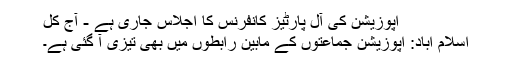
اپوزیشن کی آل پارٹیز کانفرنس کا اجلاس جاری ہے - آج کل
اسلام آباد: اپوزیشن جماعتوں کے مابین رابطوں میں بھی تیزی آ گئی ہے۔